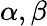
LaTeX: \alpha,\beta